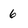
Character: 6